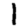
Digit: 1